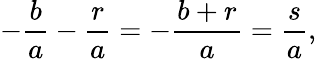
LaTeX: -{\frac{b}{a}}-{\frac{r}{a}}=-{\frac{b+r}{a}}={\frac{s}{a}},